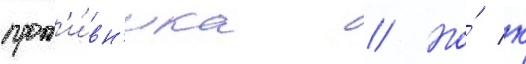
прот'и́вн'ика // Но́ к